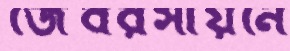
জৈবরসায়নে